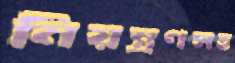
নিয়ন্ত্রণসহ